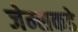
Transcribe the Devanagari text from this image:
जेम्सकडे